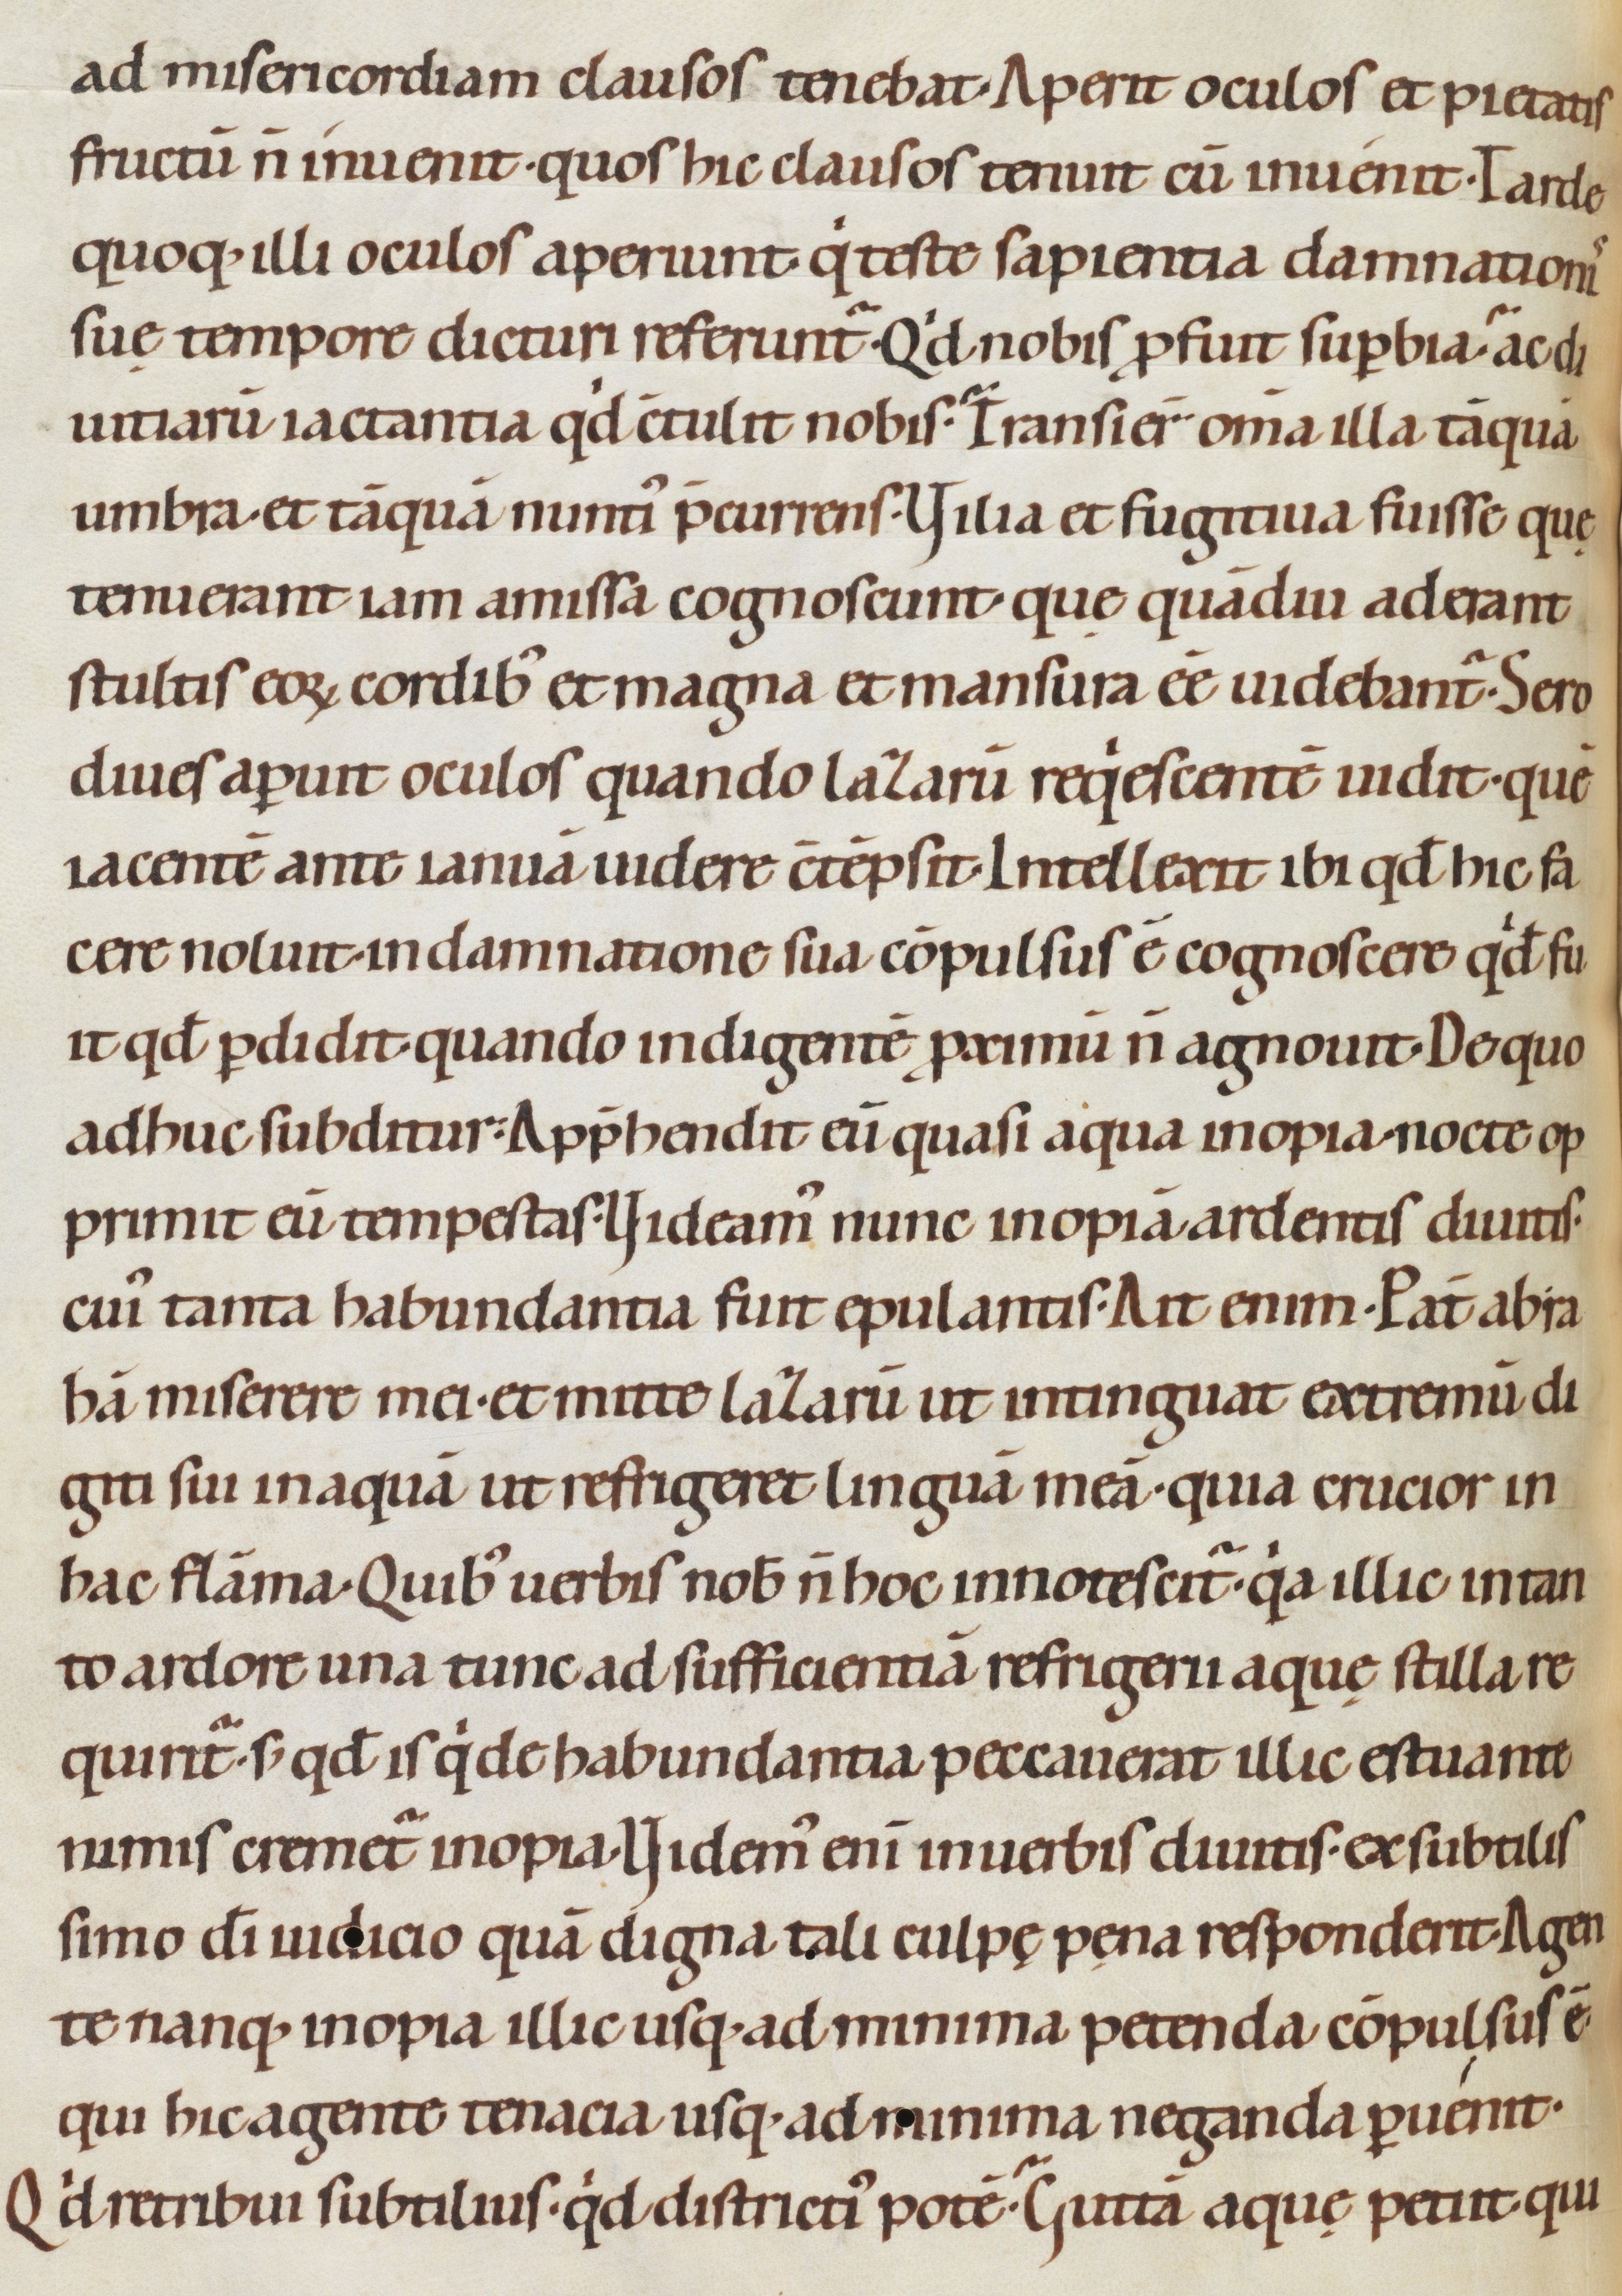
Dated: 1080–1096